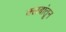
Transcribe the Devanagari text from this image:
क्लबांतून